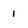
Character: 1